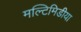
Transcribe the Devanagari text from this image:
मल्टिमिडीया